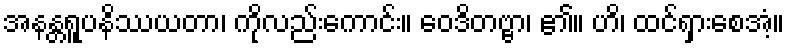
အနန္တရူပနိဿယတာ၊ ကိုလည်းကောင်း။ ဝေဒိတဗ္ဗာ၊ ၏။ ဟိ၊ ထင်ရှားစေအံ့။